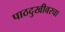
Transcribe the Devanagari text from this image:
पाठदुखीवरचा